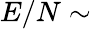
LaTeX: E/N\sim